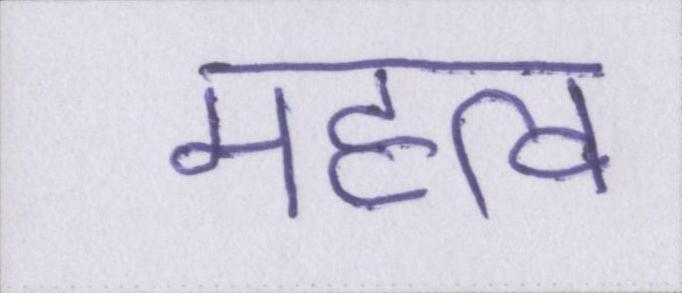
महत्व